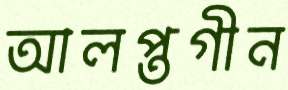
আলপ্তগীন